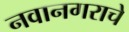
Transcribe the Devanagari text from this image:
नवानगराचे